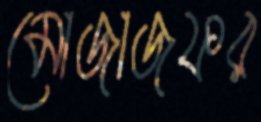
মোজাজফর